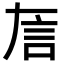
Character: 𬢚